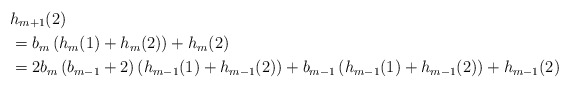
\begin{align*}&h_{m+1}(2) \\ & = b_m\left(h_m(1) + h_m(2)\right) + h_m(2) \\& = 2b_m\left(b_{m-1} + 2\right)\left(h_{m-1}(1) + h_{m-1}(2)\right) + b_{m-1}\left(h_{m-1}(1) + h_{m-1}(2)\right) + h_{m-1}(2) \\\end{align*}